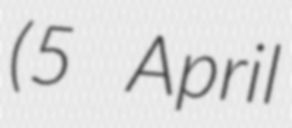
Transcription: (5 April